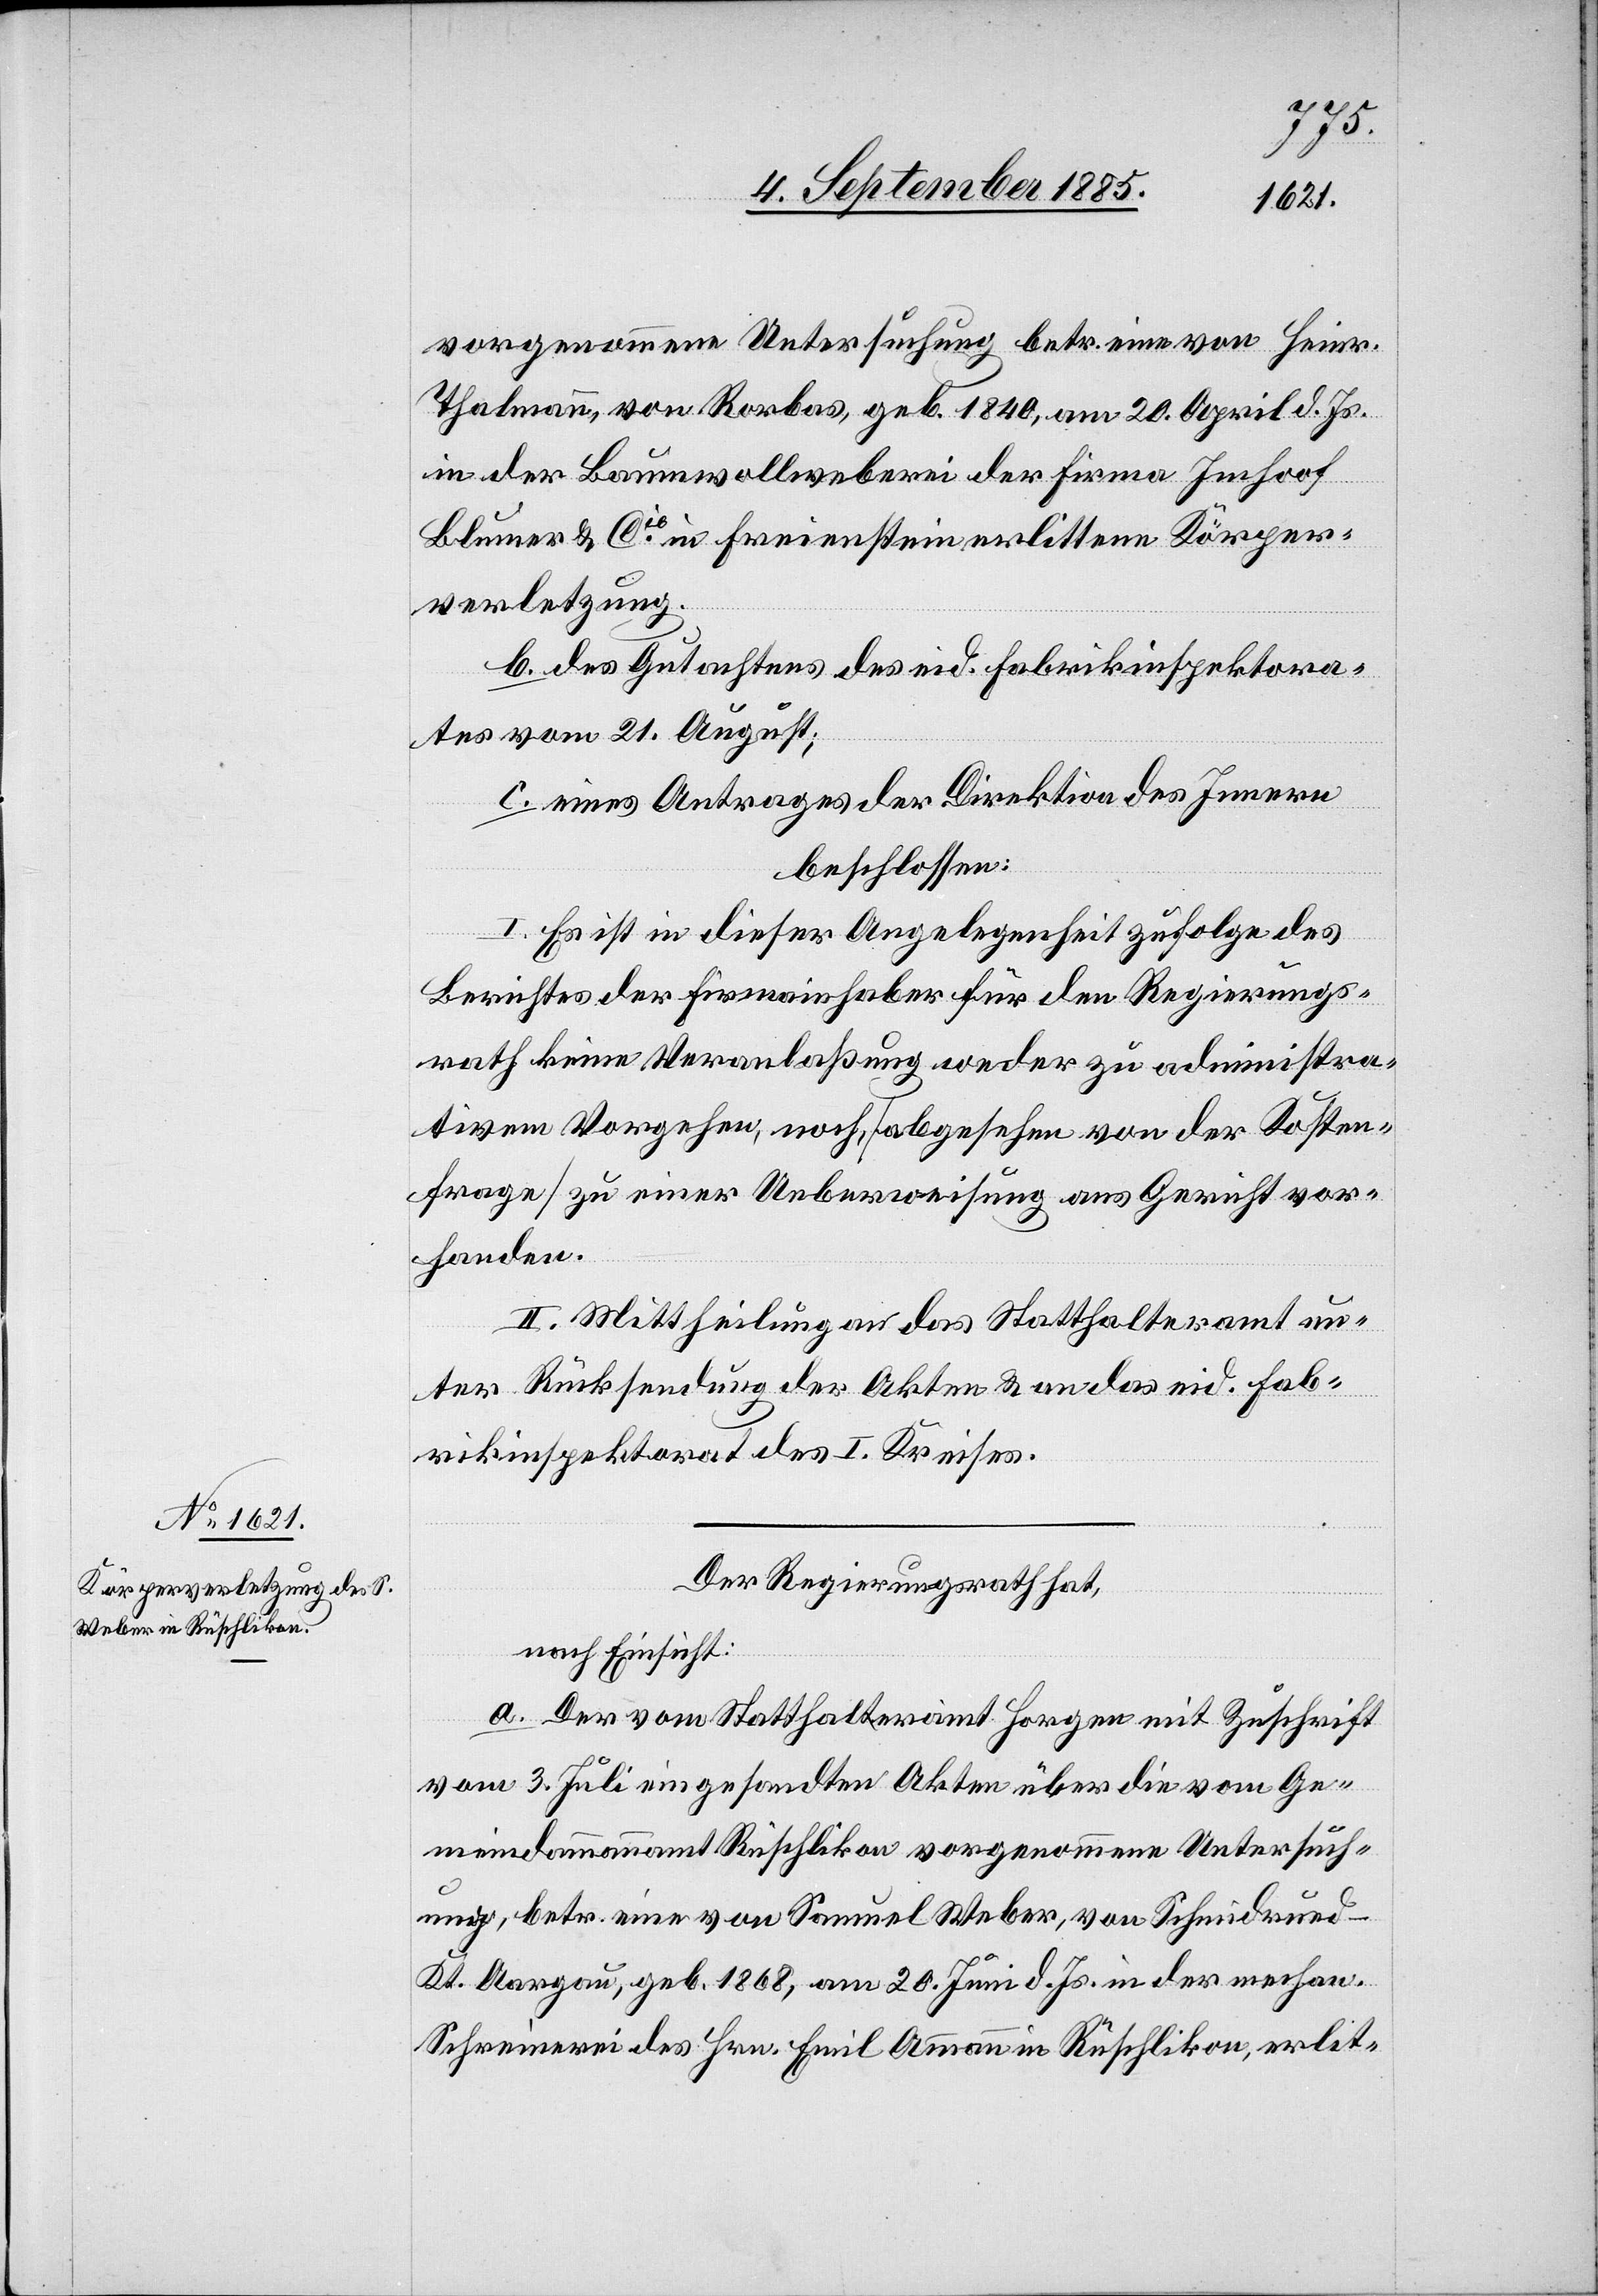
vorgenommene Untersuchung betr. eine von Heinr.
Thalmann, von Rorbas, geb. 1840, am 20. April d. Js.
in der Baumwollweberei der Firma Imhoof
Blumer & Cie in Freienstein erlittenen Körper¬
verletzung
b. des Gutachtens des eid. Fabrikinspektora¬
tes vom 21. August;
c. eines Antrages der Direktion des Innern
beschlossen:
I. Es sei in dieser Angelegenheit zufolge des
Berichtes der Firmeninhaber für den Regierungs¬
rath keine Veranlaßung weder zu administra¬
tivem Vorgehen, noch [abgesehen von der Kosten¬
frage] zu einer Ueberweisung ans Gericht vor¬
handen.
II. Mittheilung an das Statthalteramt un¬
ter Rücksendung der Akten & an das eid. Fab¬
rikinspektorat des I. Kreises.
Der Regierungsrath hat,
nach Einsicht:
a. Der vom Statthalteramt Horgen mit Zuschrift
vom 3. Juli eingesandten Akten über die vom Ge¬
meindammannamt Rüschlikon vorgenommene Untersuch¬
ung, betr. eine von Samuel Weber, von Schmidrued -
Kt. Aargau, geb. 1868, am 20. Juni d. Js. in der mechan.
Schreinerei des Hrn. Emil Ammann in Rüschlikon erlit-